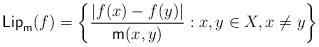
LaTeX: \begin{align*}\mathsf{Lip}_{\mathsf{m}} (f) = \left\{\frac{|f(x)-f(y)|}{\mathsf{m}(x,y)} : x,y \in X, x\not=y\right\}\end{align*}